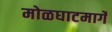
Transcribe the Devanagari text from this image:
मोळघाटमार्गे